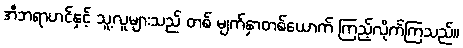
အီဘရာဟင်နှင့် သူ့လူများသည် တစ် မျက်နှာတစ်ယောက် ကြည့်လိုက်ကြသည်။